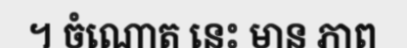
។ ចំណោត នេះ មាន ភាព